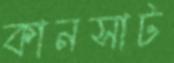
কানসাট